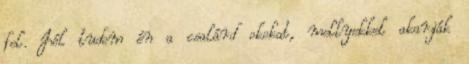
fel. Jól tudom én a csalárd okokat, mellyekkel akarják